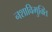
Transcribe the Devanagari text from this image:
नशाविमुक्ति